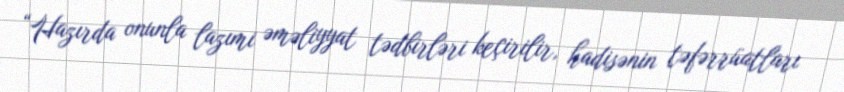
“Hazırda onunla lazımi əməliyyat tədbirləri keçirilir, hadisənin təfərrüatları